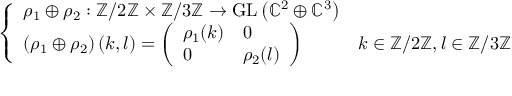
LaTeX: \left\{ \begin{array} { l l } { \rho _ { 1 } \oplus \rho _ { 2 } : \mathbb { Z } / 2 \mathbb { Z } \times \mathbb { Z } / 3 \mathbb { Z } \to { \mathrm { G L } } \left( \mathbb { C } ^ { 2 } \oplus \mathbb { C } ^ { 3 } \right) } \\ { \left( \rho _ { 1 } \oplus \rho _ { 2 } \right) ( k , l ) = { \left( \begin{array} { l l } { \rho _ { 1 } ( k ) } & { 0 } \\ { 0 } & { \rho _ { 2 } ( l ) } \end{array} \right) } } & { k \in \mathbb { Z } / 2 \mathbb { Z } , l \in \mathbb { Z } / 3 \mathbb { Z } } \end{array} \right.